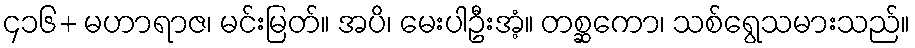
၄၁၆+ မဟာရာဇ၊ မင်းမြတ်။ အပိ၊ မေးပါဦးအံ့။ တစ္ဆကော၊ သစ်ရွေသမားသည်။